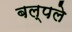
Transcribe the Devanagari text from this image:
बल्पले